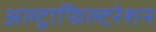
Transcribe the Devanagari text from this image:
अल्ट्राफिल्टरेशन